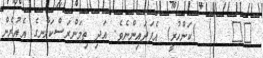
٥٤     (ކަންހުރީ) އެފަދައިންނެވެ. އަދި ތިމަންރަސްކަލާނގެ އެއުރެން